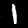
Label: 1